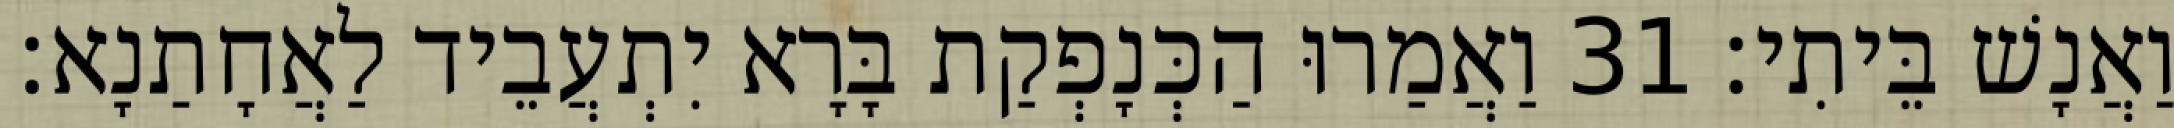
וַאֲנָשׁ בֵּיתִי׃ 31 וַאֲמַרוּ הַכְּנָפְקַת בָּרָא יִתְעֲבֵיד לַאֲחָתַנָא׃